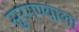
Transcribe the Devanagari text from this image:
सुरगण्याला